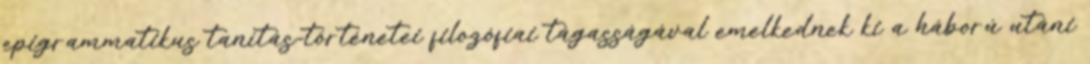
epigrammatikus tanítás-történetei filozófiai tágasságával emelkednek ki a háború utáni